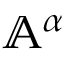
{ \mathbb { A } } ^ { \alpha }